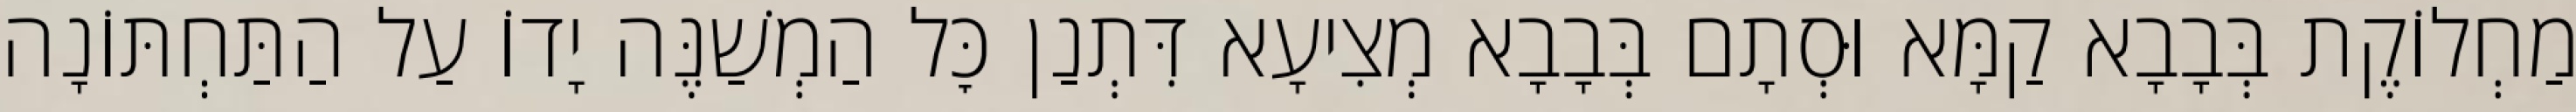
מַחְלוֹקֶת בְּבָבָא קַמָּא וּסְתָם בְּבָבָא מְצִיעָא דִּתְנַן כׇּל הַמְשַׁנֶּה יָדוֹ עַל הַתַּחְתּוֹנָה